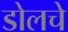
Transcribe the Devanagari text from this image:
डोलचे